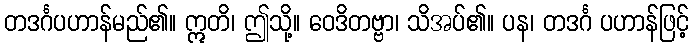
တဒင်္ဂပဟာန်မည်၏။ ဣတိ၊ ဤသို့။ ဝေဒိတဗ္ဗာ၊ သိအပ်၏။ ပန၊ တဒင်္ဂ ပဟာန်ဖြင့်